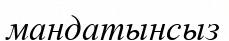
мандатынсыз